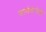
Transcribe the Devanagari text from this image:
सामंतांनीही